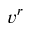
v ^ { r }